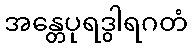
အန္တေပုရဒွါရဂတံ